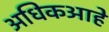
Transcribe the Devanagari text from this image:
अधिकआहे